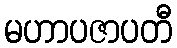
မဟာပဇာပတီ